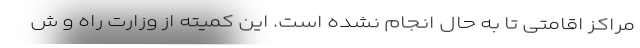
مراکز اقامتی تا به حال انجام نشده است. این کمیته از وزارت راه و ش